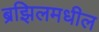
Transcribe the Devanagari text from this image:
ब्रझिलमधील